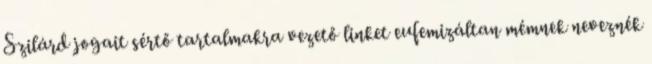
Szilárd jogait sértő tartalmakra vezető linket eufemizáltan mémnek neveznék